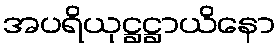
အပရိယုဋ္ဌဋ္ဌာယိနော